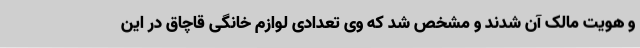
و هویت مالک آن شدند و مشخص شد که وی تعدادی لوازم خانگی قاچاق در این